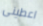
اعطينى